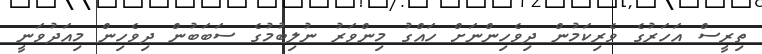
ތިރީސް އަހަރުގެ ވެރިކަމުން ދިވެހިންނަށް ހައްގު މިންވަރު ނުލިބުމުގެ ސަބަބުން ދިވެހިން މިއަދުވަނީ